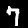
Label: 7